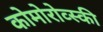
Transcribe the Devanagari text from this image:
कोमोरोव्स्की